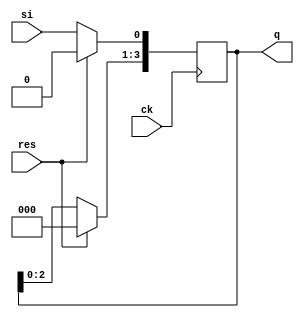
module shift_reg (ck, res, si, q);
    input ck, res, si;
    output [3:0] q;
    reg [3:0] q;

    always @(posedge ck) begin
        if(res)
            q <= 4'h0;
        else begin
            q[3:1]  = q[2:0];
            q[0]    = si;
        end
    end
    
endmodule